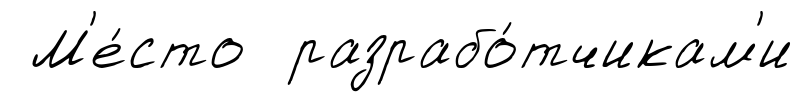
М'е́сто разрабо́тчикам'и